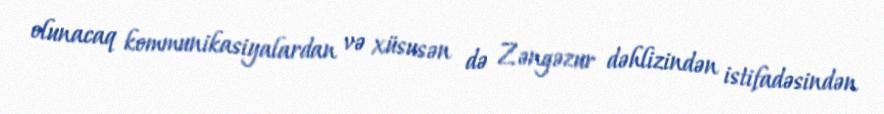
olunacaq kommunikasiyalardan və xüsusən də Zəngəzur dəhlizindən istifadəsindən